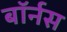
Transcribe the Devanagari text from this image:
बॉर्नस